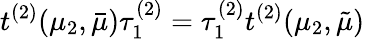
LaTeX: t^{(2)}(\mu_{2},\bar{\mu})\tau_{1}^{(2)}=\tau_{1}^{(2)}t^{(2)}(\mu_{2},\tilde{\mu})